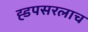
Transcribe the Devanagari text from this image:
ह्डपसरलाच